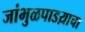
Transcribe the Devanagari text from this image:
जांभुळपाडय़ाचा